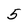
Character: 5